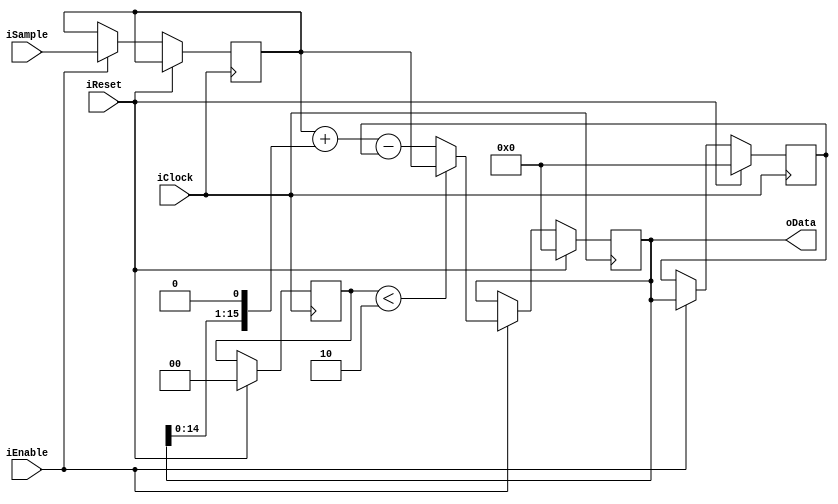
/*
 * Fmax: 940 MHz
 */

module FixedDecoderOrder2(input iClock,
                    input iReset, 
                    input iEnable, 
                    input signed [15:0] iSample, 
                    output signed [15:0] oData);
                        
reg signed [15:0] dataq0;
reg signed [15:0] dataq1;
reg signed [15:0] SampleD1;
reg [1:0] warmup_count;

assign oData = dataq0;

always @(posedge iClock)
begin
    
    if (iReset) begin
        warmup_count <= 2'b0;
        dataq0 <= 15'b0;
        dataq1 <= 15'b0;
    end else if (iEnable) begin
        SampleD1 <= iSample;
        
        dataq1 <= dataq0;
        
        if (warmup_count < 2'd2) begin
            dataq0 <= SampleD1;
        end else begin
            /* iSample + 2*dataq0 - dataq1
             * 2*dataq0 == dataq0 << 1
             * dataq0 << 1 == {dataq0, 1'b0 */
            dataq0 <= SampleD1 + {dataq0, 1'b0} - dataq1;
        end
    end
end
endmodule